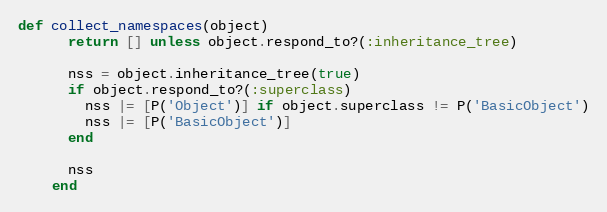
Language: Ruby
def collect_namespaces(object)
      return [] unless object.respond_to?(:inheritance_tree)

      nss = object.inheritance_tree(true)
      if object.respond_to?(:superclass)
        nss |= [P('Object')] if object.superclass != P('BasicObject')
        nss |= [P('BasicObject')]
      end

      nss
    end